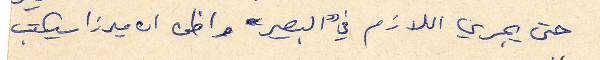
حتى يجري اللازم في "البصير" واظن ان ميرزا سيكتب